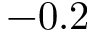
- 0 . 2